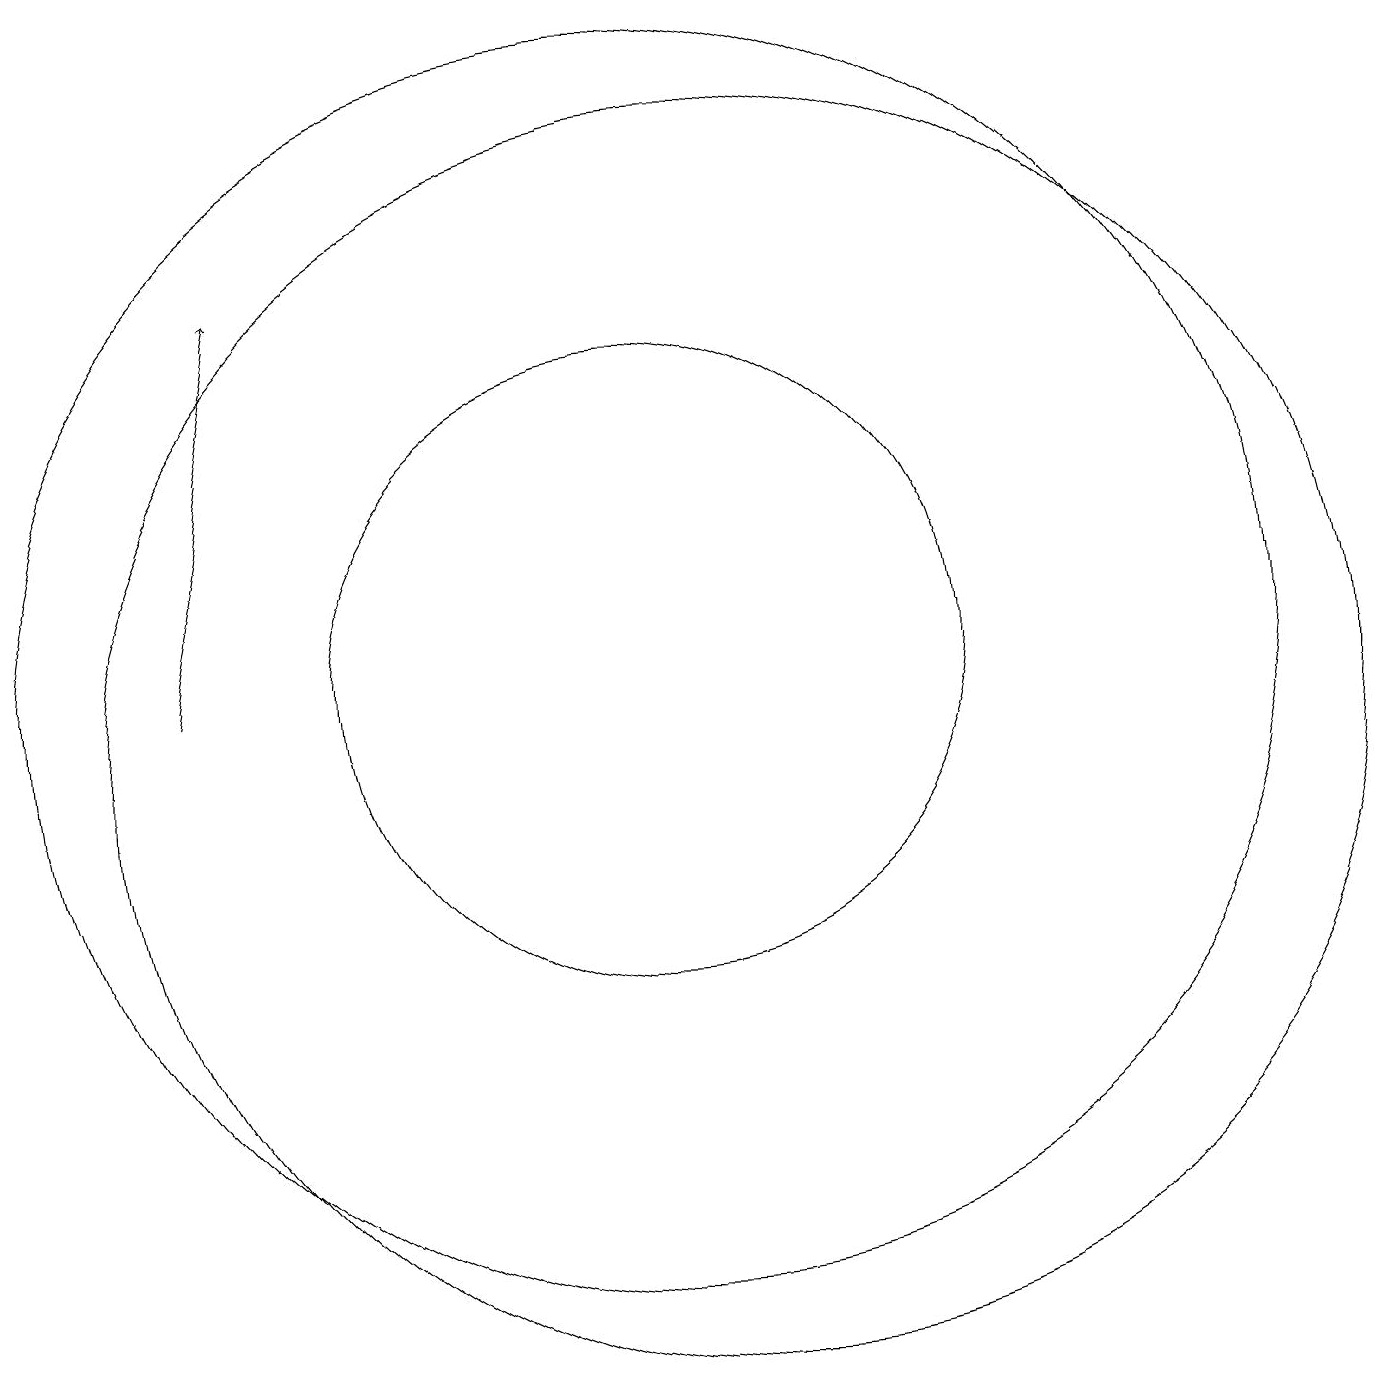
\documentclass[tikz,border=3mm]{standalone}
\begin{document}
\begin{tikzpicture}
\draw[->] (4,11) -- (5,16);
\draw (10,11) circle (4);
\draw (11,10) circle (8);
\draw (10,11) circle (8);
\draw (11,11) circle (0);
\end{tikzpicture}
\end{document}